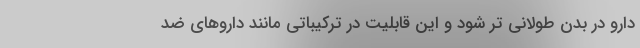
دارو در بدن طولانی تر شود و این قابلیت در ترکیباتی مانند داروهای ضد